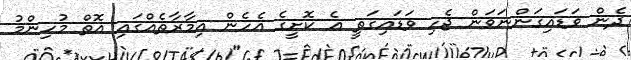
ދެން ވަޑައިގަންނަވަން ޖެހި ވަޑައިގަތީ އެ ކޮށީގެ އެހެން އިމާރާތެއްގައި އޮތް މުހިންމު